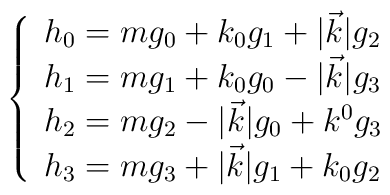
\left \{\begin{array}{l}h_0 = m g_0 + k_0 g_1 + |\vec k| g_2  \nonumber \\h_1 = m g_1 + k_0 g_0 - |\vec k| g_3  \nonumber \\h_2 = m g_2 - |\vec k| g_0 + k^0 g_3  \nonumber \\h_3 = m g_3 + |\vec k| g_1 + k_0 g_2 \end{array} \right.